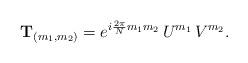
LaTeX: \begin{align*}{\bf T}_{(m_1,m_2)}=e^{i{\frac{2\pi}{N}}m_1m_2}\,U^{m_1}\,V^{m_2}.\end{align*}